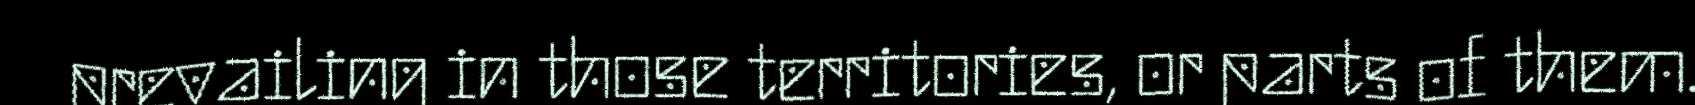
prevailing in those territories, or parts of them.